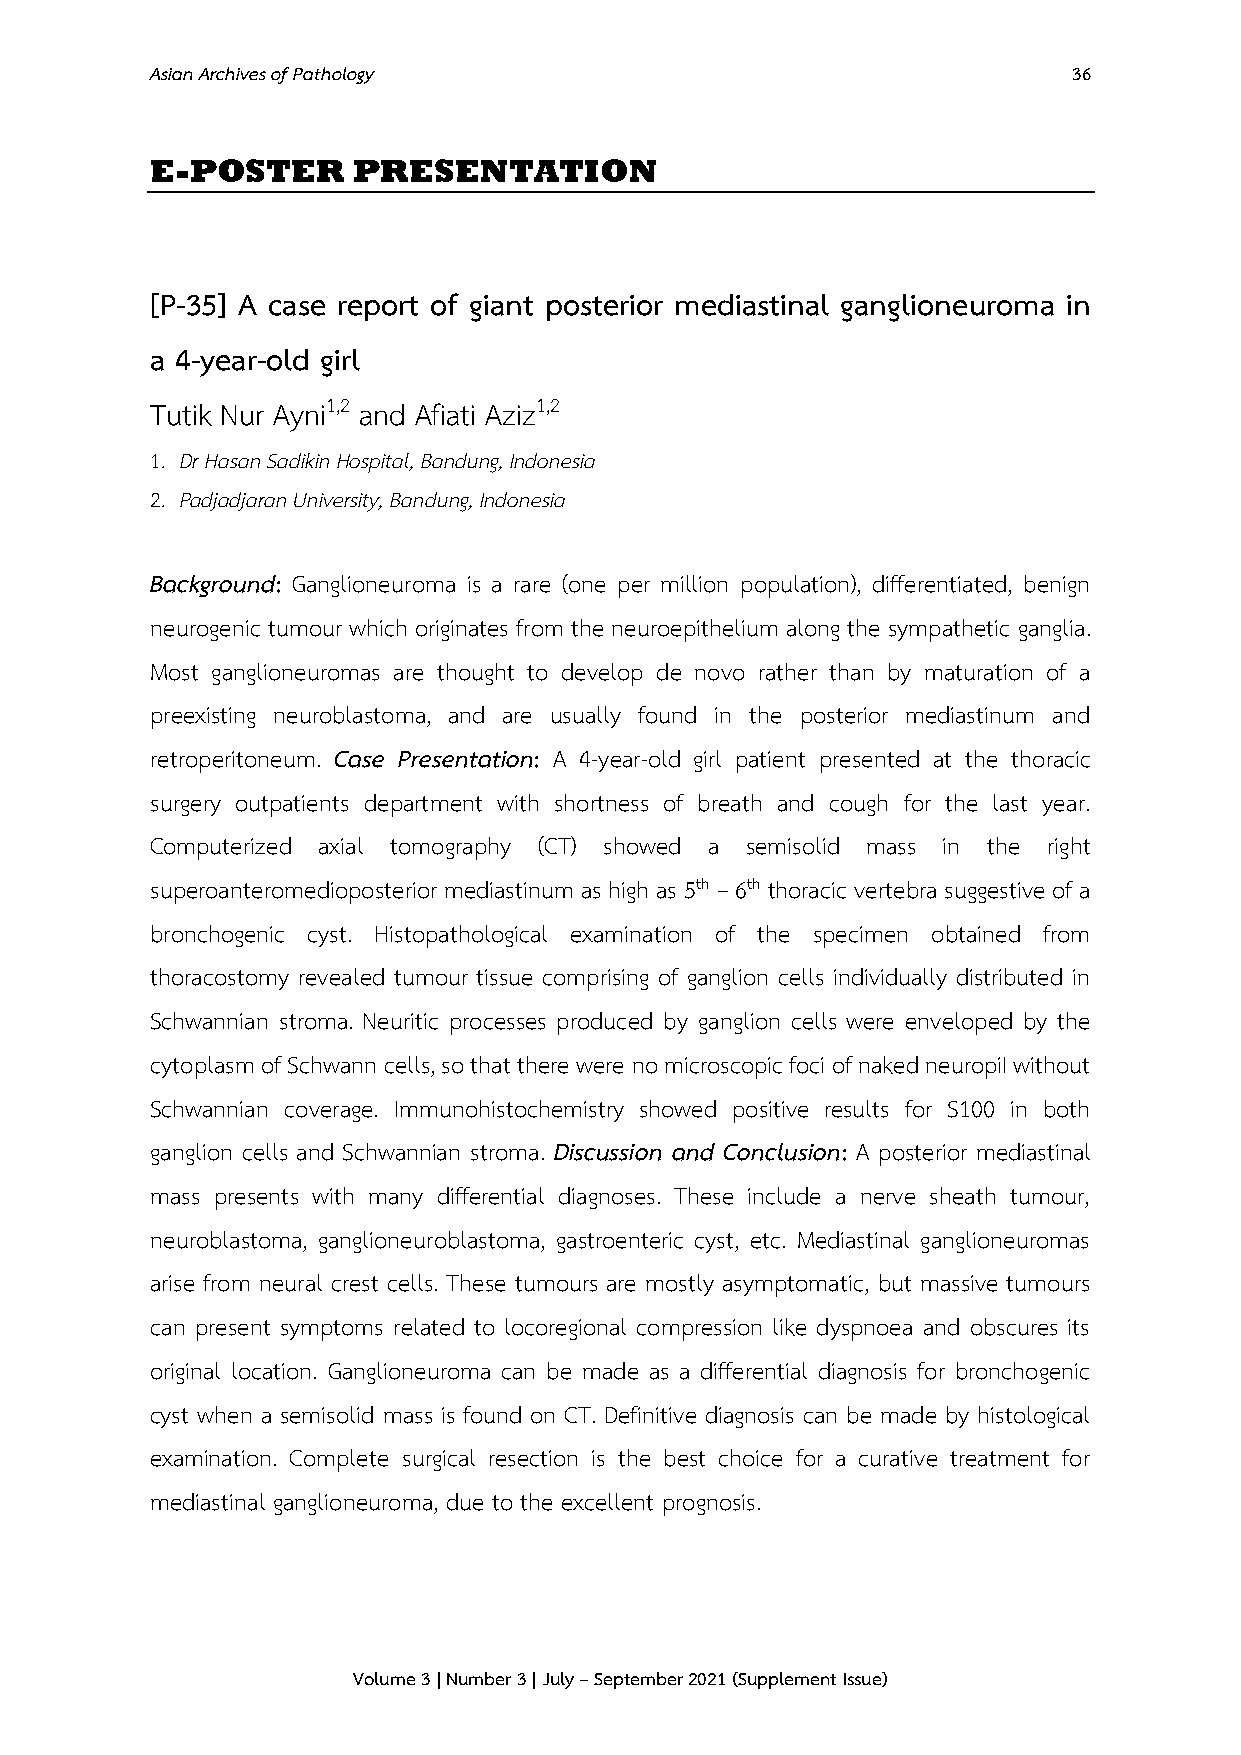
Asian Archives of Pathology                                  36
 E-POSTER     PRESENTATION
 [P-35] A case report of giant posterior mediastinal ganglioneuroma in
 a 4-year-old girl
 Tutik Nur Ayni1,2 and Afiati Aziz1,2
 1. Dr Hasan Sadikin Hospital, Bandung, Indonesia
 2. Padjadjaran University, Bandung, Indonesia
 Background: Ganglioneuroma is a rare (one per million population), differentiated, benign
 neurogenic tumour which originates from the neuroepithelium along the sympathetic ganglia.
 Most ganglioneuromas are thought to develop de novo rather than by maturation of a
 preexisting neuroblastoma, and are usually found in the posterior mediastinum and
 retroperitoneum. Case Presentation: A 4-year-old girl patient presented at the thoracic
 surgery outpatients department with shortness of breath and cough for the last year.
 Computerized axial tomography (CT) showed a semisolid mass in the right
 superoanteromedioposterior mediastinum as high as 5th – 6th thoracic vertebra suggestive of a
 bronchogenic cyst. Histopathological examination of the specimen obtained from
 thoracostomy revealed tumour tissue comprising of ganglion cells individually distributed in
 Schwannian stroma. Neuritic processes produced by ganglion cells were enveloped by the
 cytoplasm of Schwann cells, so that there were no microscopic foci of naked neuropiI without
 Schwannian coverage. Immunohistochemistry showed positive results for S100 in both
 ganglion cells and Schwannian stroma. Discussion and Conclusion: A posterior mediastinal
 mass presents with many differential diagnoses. These include a nerve sheath tumour,
 neuroblastoma, ganglioneuroblastoma, gastroenteric cyst, etc. Mediastinal ganglioneuromas
 arise from neural crest cells. These tumours are mostly asymptomatic, but massive tumours
 can present symptoms related to locoregional compression like dyspnoea and obscures its
 original location. Ganglioneuroma can be made as a differential diagnosis for bronchogenic
 cyst when a semisolid mass is found on CT. Definitive diagnosis can be made by histological
 examination. Complete surgical resection is the best choice for a curative treatment for
 mediastinal ganglioneuroma, due to the excellent prognosis.
 Volume 3 | Number 3 | July – September 2021 (Supplement Issue)